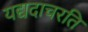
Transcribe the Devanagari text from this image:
यद्यदाचरति